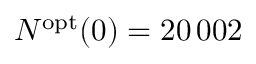
N ^ { \mathrm { o p t } } ( 0 ) = 2 0 \, 0 0 2